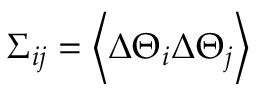
\Sigma _ { i j } = \left\langle \Delta \Theta _ { i } \Delta \Theta _ { j } \right\rangle